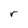
Character: r